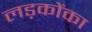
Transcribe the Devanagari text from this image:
लड़कोंका